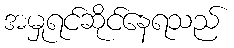
အမှုရင်ဆိုင်နေရသည်